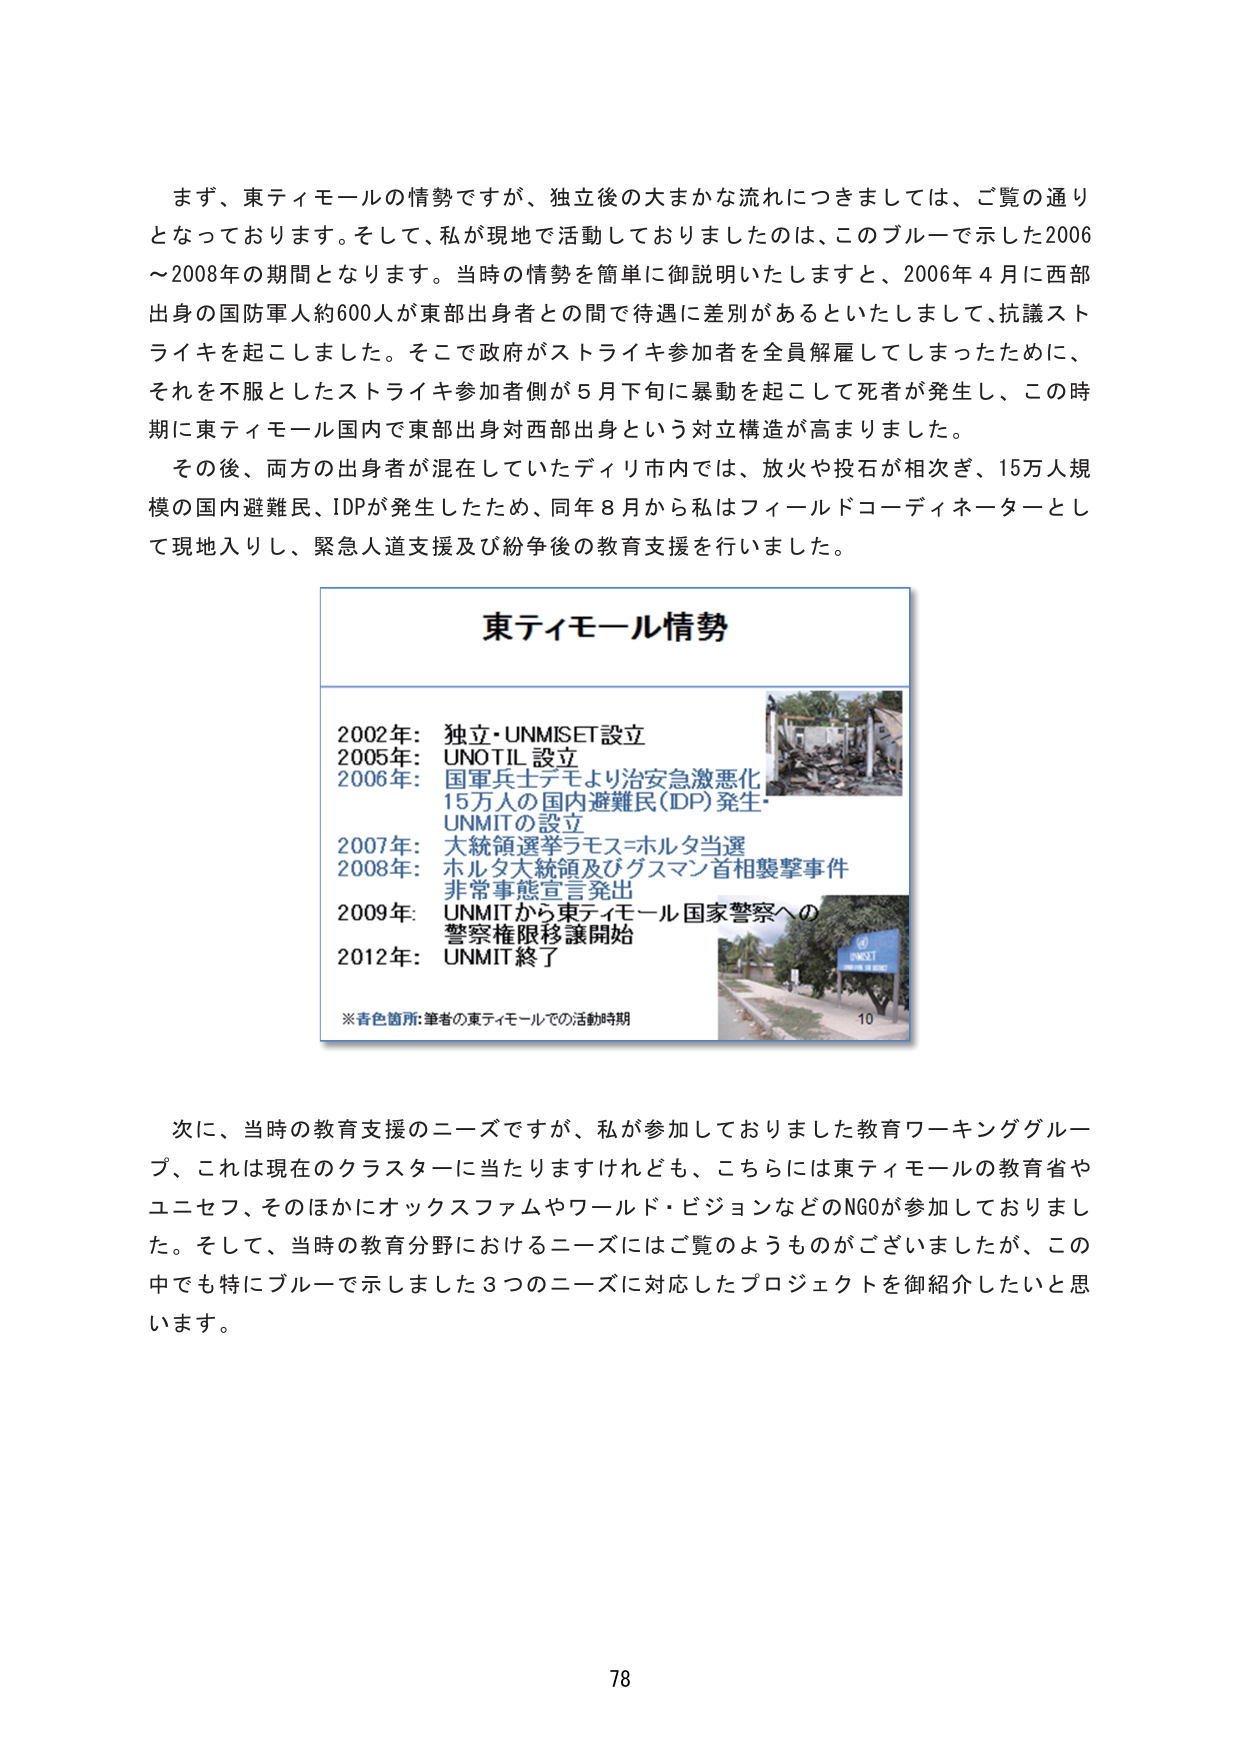
まず、東ティモールの情勢ですが、独立後の大まかな流れにつきましては、ご覧の通りとなっております。そして、私が現地で活動しておりましたのは、このブルーで示した2006～2008年の期間となります。当時の情勢を簡単に御説明いたしますと、2006年4月に西部出身の国防軍人約600人が東部出身者との間で待遇に差別があるといたしまして、抗議ストライキを起こしました。そこで政府がストライキ参加者を全員解雇してしまったために、それを不服としたストライキ参加者側が5月下旬に暴動を起こして死者が発生し、この時期に東ティモール国内で東部出身対西部出身という対立構造が高まりました。

その後、両方の出身者が混在していたディリ市内では、放火や投石が相次ぎ、15万人規模の国内避難民、IDPが発生したため、同年8月から私はフィールドコーディネーターとして現地入りし、緊急人道支援及び紛争後の教育支援を行いました。

東ティモール情勢

2002年: 独立・UNMISET設立
2005年: UNOTIL設立
2006年: 国軍兵士デモより治安急激悪化
　　　15万人の国内避難民(IDP)発生・
　　　UNMITの設立
2007年: 大統領選挙ラモス＝ホルタ当選
2008年: ホルタ大統領及びグスマン首相襲撃事件
　　　非常事態宣言発出
2009年: UNMITから東ティモール国家警察への
　　　警察権限移譲開始
2012年: UNMIT終了

※青色箇所: 筆者の東ティモールでの活動時期

次に、当時の教育支援のニーズですが、私が参加しておりました教育ワーキンググループ、これは現在のクラスターに当たりますけれども、こちらには東ティモールの教育省やユニセフ、そのほかにオックスファムやワールド・ビジョンなどのNGOが参加しておりました。そして、当時の教育分野におけるニーズにはご覧のようなものがございましたが、この中でも特にブルーで示しました3つのニーズに対応したプロジェクトを御紹介したいと思います。

78